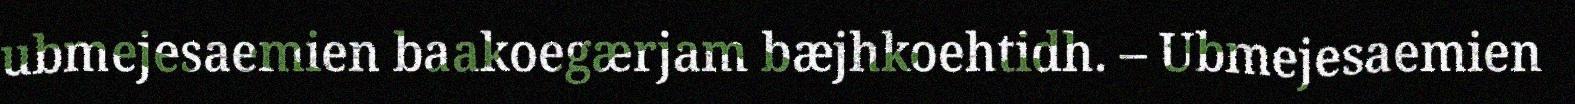
ubmejesaemien baakoegærjam bæjhkoehtidh. – Ubmejesaemien